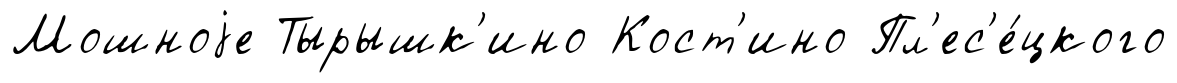
Мошноjе Тырышк'ино Кост'ино Пл'ес'е́цкого